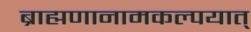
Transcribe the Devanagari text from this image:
ब्राह्मणानामकल्पयात्‌